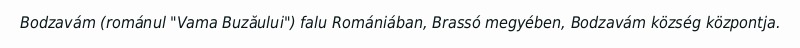
Bodzavám (románul "Vama Buzăului") falu Romániában, Brassó megyében, Bodzavám község központja.